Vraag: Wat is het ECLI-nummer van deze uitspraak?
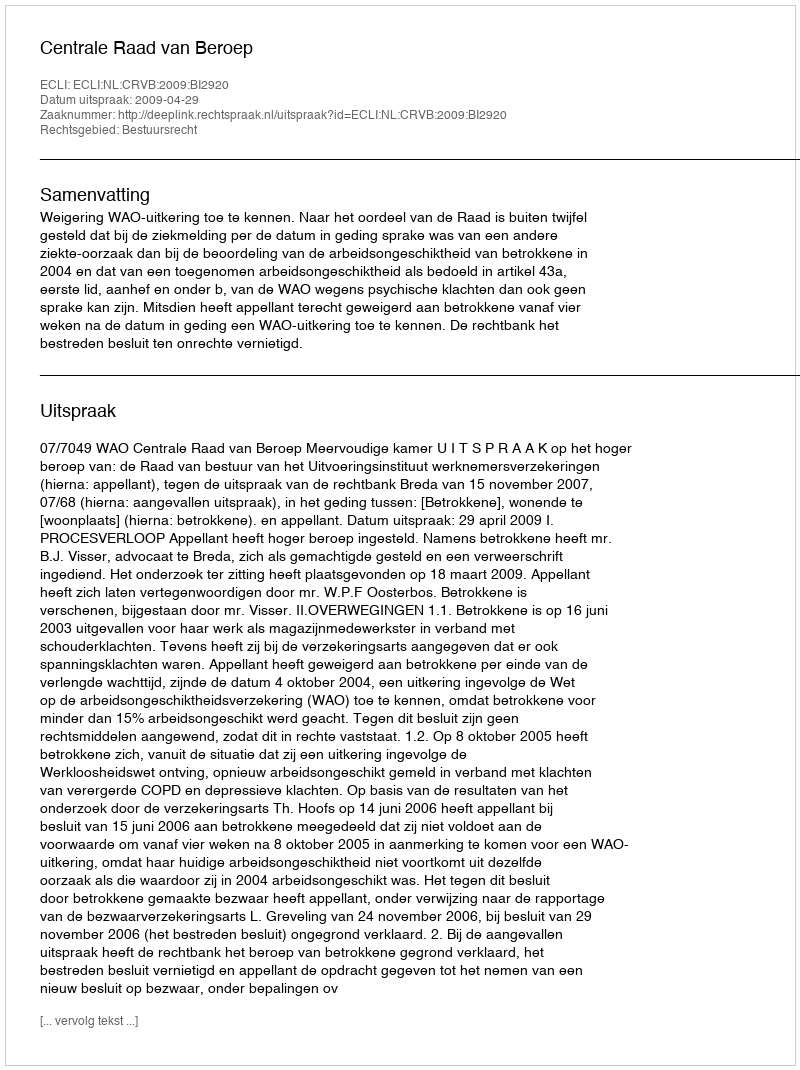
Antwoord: ECLI:NL:CRVB:2009:BI2920